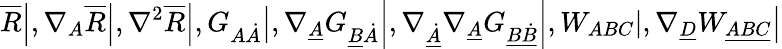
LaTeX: \left.\overline{{{R}}}\right|,\left.\nabla_{A}\overline{{{R}}}\right|,\left.\nabla^{2}\overline{{{R}}}\right|,\left.G_{A\dot{A}}\right|,\left.\nabla_{\underline{{{A}}}}G_{\underline{{{B}}}\dot{A}}\right|,\left.\nabla_{\underline{{{\dot{A}}}}}\nabla_{\underline{{{A}}}}G_{\underline{{{B}}}\underline{{{\dot{B}}}}}\right|,\left.W_{ABC}\right|,\left.\nabla_{\underline{{{D}}}}W_{\underline{{{ABC}}}}\right|